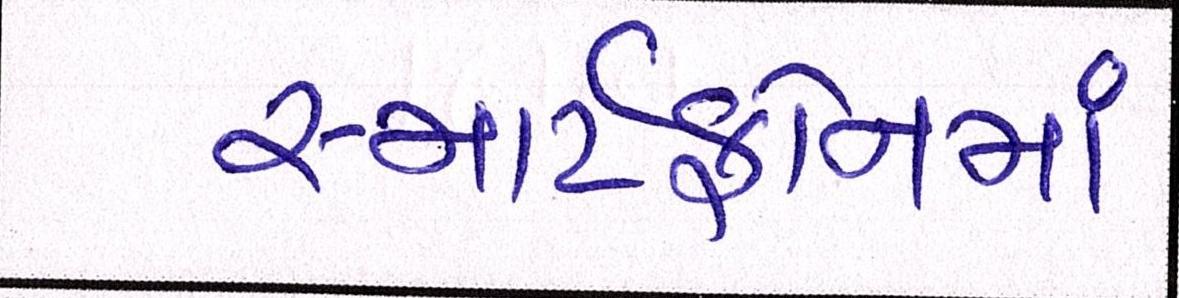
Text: સ્માર્ટફોનમાં